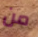
من